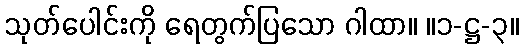
သုတ်ပေါင်းကို ရေတွက်ပြသော ဂါထာ။ ။၁-ဋ္ဌ-၃။